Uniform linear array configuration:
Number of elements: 12
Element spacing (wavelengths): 0.5
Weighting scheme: exponential
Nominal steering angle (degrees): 0
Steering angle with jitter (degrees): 1.934
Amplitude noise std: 0.05
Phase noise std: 0.05

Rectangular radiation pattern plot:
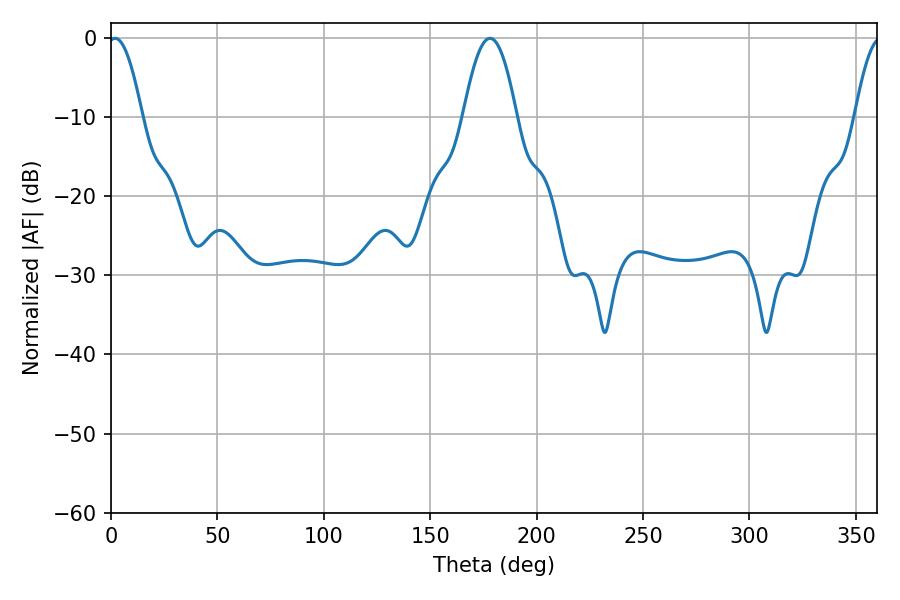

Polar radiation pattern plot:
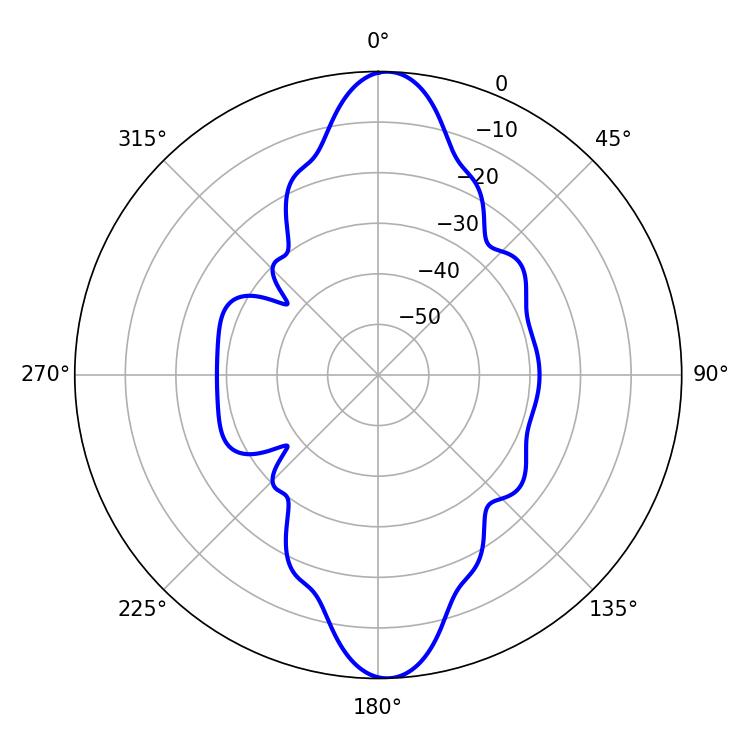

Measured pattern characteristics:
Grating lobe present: FALSE
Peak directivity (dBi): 20.017
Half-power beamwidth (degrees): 8.82
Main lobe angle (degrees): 1.98